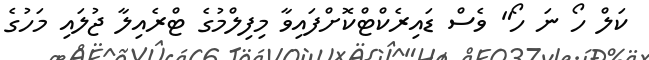
ކަލް ހޯ ނަ ހޯ" ވެސް ޑައިރެކްޓްކޮށްފައިވާ މިފިލްމުގެ ޓްރެއިލާ ޖުލައި މަހުގެ